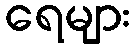
ရေများ